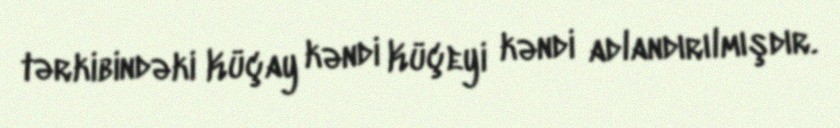
tərkibindəki Küçay kəndi Küçeyi kəndi adlandırılmışdır.